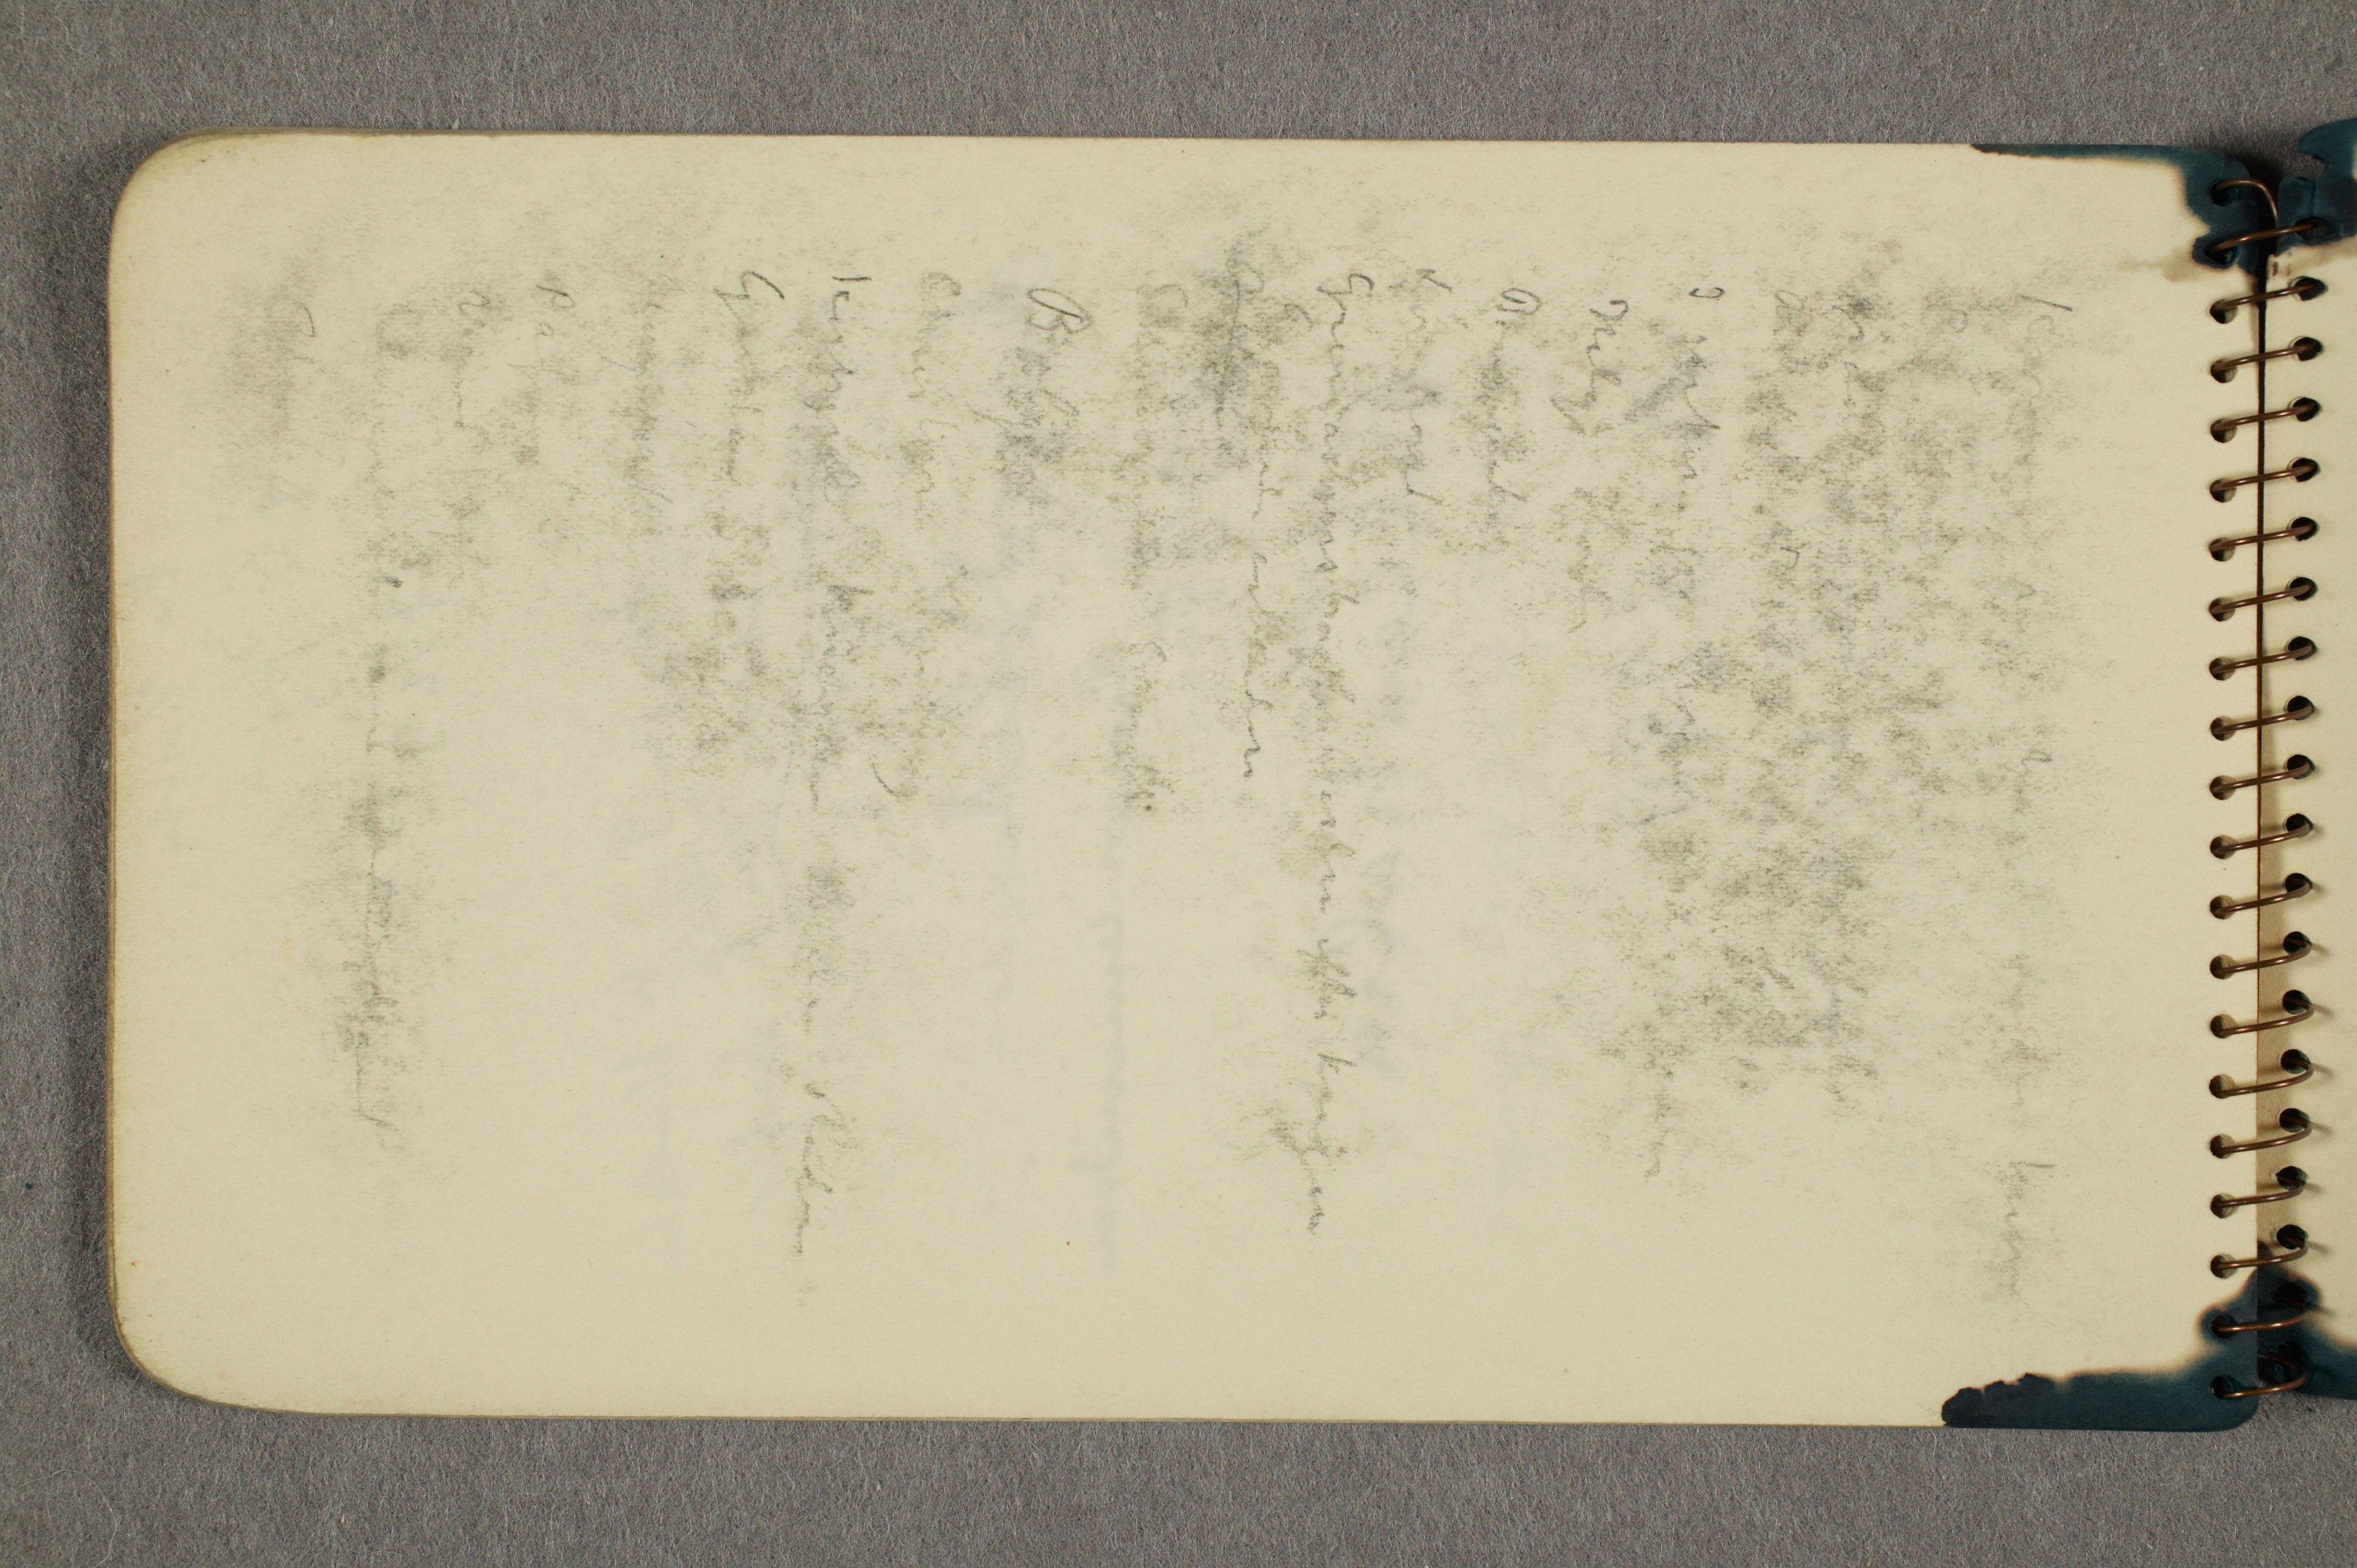
Kvinden med ... ... k...
...
for ....
An...
I parken på ...
Helge Rode
Børneportræt
Løvehodet
Genthinerstrasse i Berlin efter krigen
Gravende arbeidere
S... S...
Bølger
Christian ...ing
K...g k... ... Rode
Gustav Schiefler
....
Påfugle
Vignet ...
Selvportræt med ...
J...